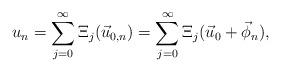
LaTeX: \begin{align*} u_n & = \sum_{j = 0}^\infty \Xi_j (\vec u_{0, n}) = \sum_{j = 0}^\infty \Xi_j (\vec u_{0} + \vec \phi_n), \end{align*}